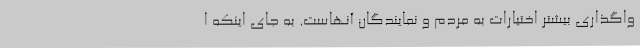
واگذاری بیشتر اختیارات به مردم و نمایندگان آنهاست. به جای اینکه ا